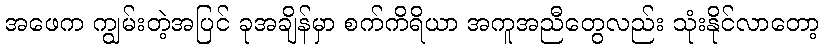
အဖေက ကျွမ်းတဲ့အပြင် ခုအချိန်မှာ စက်ကိရိယာ အကူအညီတွေလည်း သုံးနိုင်လာတော့